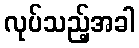
လုပ်သည့်အခါ